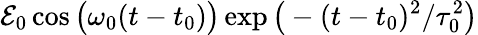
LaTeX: \mathcal{E}_{0}\cos\big(\omega_{0}(t-t_{0})\big)\exp\big(-(t-t_{0})^{2}/\tau_{0}^{2}\big)